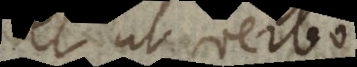
et ut verbo